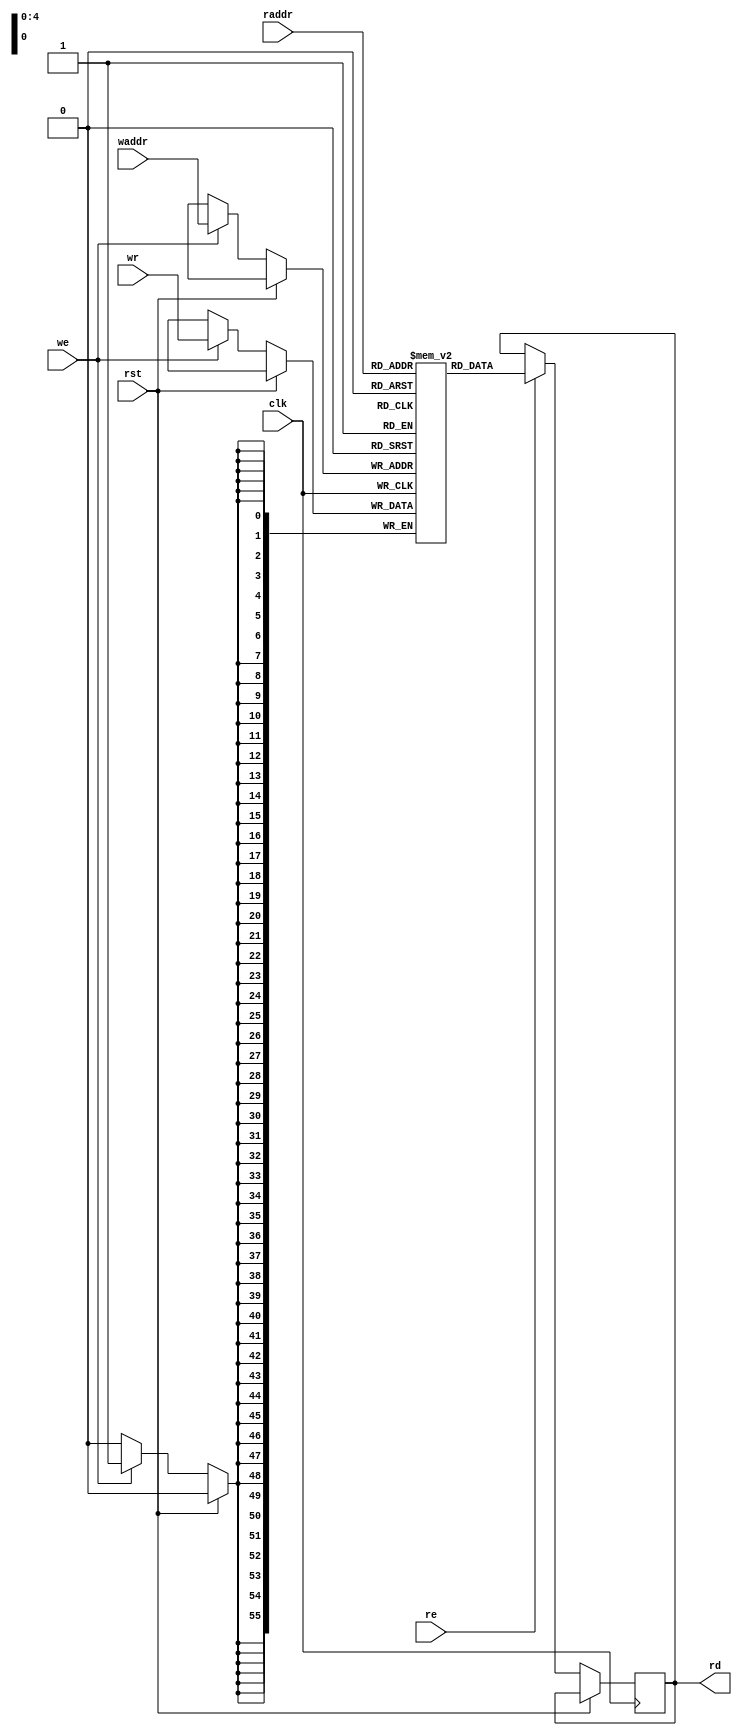
`timescale 1ns / 1ps
`default_nettype none
//
// RISu64
// Copyright 2022 Wenting Zhang
//
// Permission is hereby granted, free of charge, to any person obtaining a copy
// of this software and associated documentation files (the "Software"), to deal
// in the Software without restriction, including without limitation the rights
// to use, copy, modify, merge, publish, distribute, sublicense, and/or sell
// copies of the Software, and to permit persons to whom the Software is
// furnished to do so, subject to the following conditions:
//
// The above copyright notice and this permission notice shall be included in
// all copies or substantial portions of the Software.
//
// THE SOFTWARE IS PROVIDED "AS IS", WITHOUT WARRANTY OF ANY KIND, EXPRESS OR
// IMPLIED, INCLUDING BUT NOT LIMITED TO THE WARRANTIES OF MERCHANTABILITY,
// FITNESS FOR A PARTICULAR PURPOSE AND NONINFRINGEMENT. IN NO EVENT SHALL THE
// AUTHORS OR COPYRIGHT HOLDERS BE LIABLE FOR ANY CLAIM, DAMAGES OR OTHER
// LIABILITY, WHETHER IN AN ACTION OF CONTRACT, TORT OR OTHERWISE, ARISING FROM,
// OUT OF OR IN CONNECTION WITH THE SOFTWARE OR THE USE OR OTHER DEALINGS IN THE
// SOFTWARE.
//
module ram_32_56(
        input wire clk,
        input wire rst,
        // Read port
        input wire [4:0] raddr,
        input wire re,
        output reg [55:0] rd,
        // Write port
        input wire [4:0] waddr,
        input wire [55:0] wr,
        input wire we
   );

    reg [55:0] mem [0:31];

    always @(posedge clk) begin
        if (!rst) begin
            if (re) begin
                rd <= mem[raddr];
            end
            // W
            if (we) begin
                mem[waddr] <= wr;
            end
        end
    end

endmodule